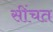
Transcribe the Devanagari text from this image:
सींचत